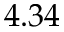
4 . 3 4